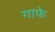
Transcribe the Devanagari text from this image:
गाफे